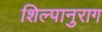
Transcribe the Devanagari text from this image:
शिल्पानुराग